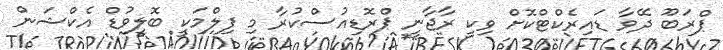
ޕްރަބޫ ދޭވާ ޑައިރެކްޓްކޮށް ވިކީ ރާޖާނީ ޕްރޮޑިއުސްކުރާ މި ފިލްމަކީ ބޮލީވުޑް އެކްޝަން